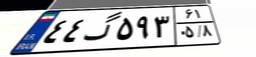
۴۴گ۵۹۳۶۱